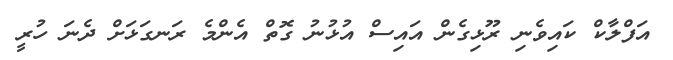
އަފްލާކް ކައިވެނި ރޫޅިގެން އައިސް އުޅުނު ގޮތް އެންމެ ރަނގަޅަށް ދެނަ ހުރީ